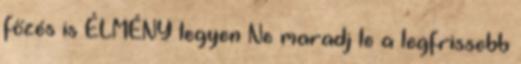
főzés is ÉLMÉNY legyen Ne maradj le a legfrissebb